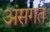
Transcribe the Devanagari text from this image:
अंसगत